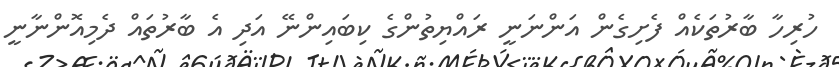
ހުރިހާ ބާރުތަކެއް ފެށިގެން އަންނަނީ ރައްޔިތުންގެ ކިބައިންނޭ އަދި އެ ބާރުތައް ދެމިއޮންނާނީ